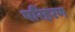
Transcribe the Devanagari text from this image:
परिहरण